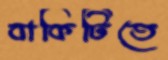
বাকিটিতে